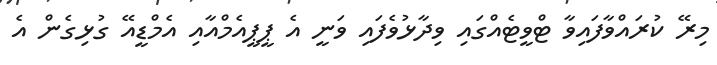
މިރޭ ކުރައްވާފައިވާ ޓްވީޓެއްގައި ވިދާޅުވެފައި ވަނީ އެ ޕީޕީއެމްއާއި އެމްޑީއޭ ގުޅިގެން އެ